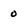
Character: 0